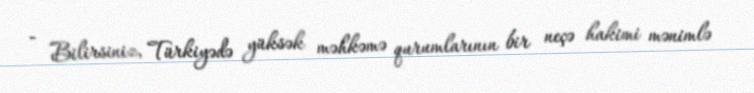
- Bilirsiniz, Türkiyədə yüksək məhkəmə qurumlarının bir neçə hakimi mənimlə